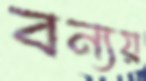
বন্যয়